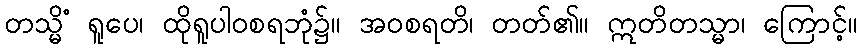
တသ္မိံ ရူပေ၊ ထိုရူပါဝစရဘုံ၌။ အဝစရတိ၊ တတ်၏။ ဣတိတသ္မာ၊ ကြောင့်။